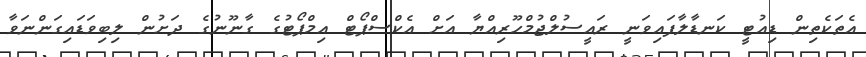
އެތަކެތިން ޑިއުޓީ ކަނޑާލާފައިވަނީ ރައީސުލްޖުމްހޫރިއްޔާ އަށް އެކްސްޕޯޓް އިމްޕޯޓުގެ ގާނޫނުގެ ދަށުން ލިބިވަޑައިގަންނަވާ